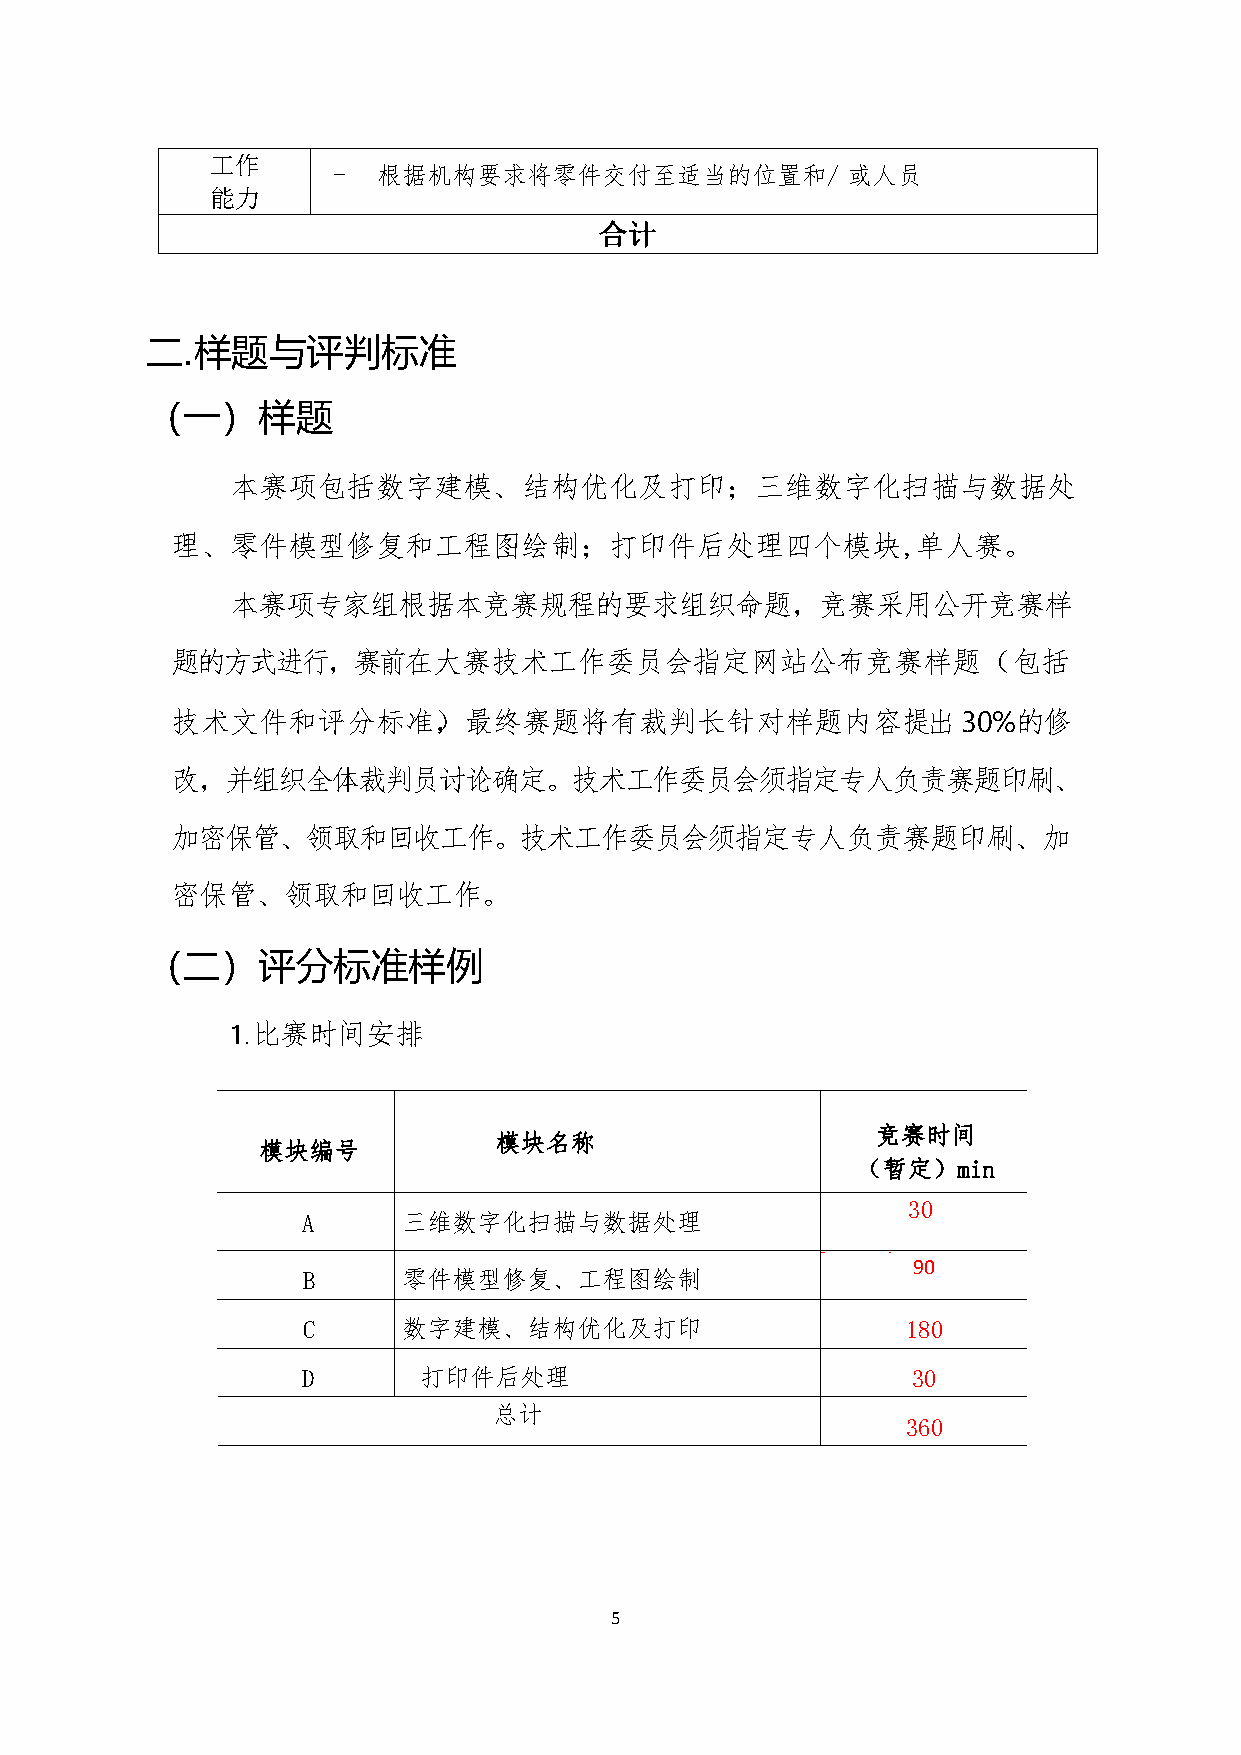
工作
 -  根据机构要求将零件交付至适当的位置和/            或人员
 能力
 合计
 二.样题与评判标准
 （一）样题
 本赛项包括数字建模、结构优化及打印；三维数字化扫描与数据处
 理、零件模型修复和工程图绘制；打印件后处理四个模块,单人赛。
 本赛项专家组根据本竞赛规程的要求组织命题，竞赛采用公开竞赛样
 题的方式进行，赛前在大赛技术工作委员会指定网站公布竞赛样题（包括
 技术文件和评分标准），最终赛题将有裁判长针对样题内容提出30%的修
 改，并组织全体裁判员讨论确定。技术工作委员会须指定专人负责赛题印刷、
 加密保管、领取和回收工作。技术工作委员会须指定专人负责赛题印刷、加
 密保管、领取和回收工作。
 （二）评分标准样例
 1.比赛时间安排
 竞赛时间
 模块名称
 模块编号
 （暂定）min
 30
 A      三维数字化扫描与数据处理
 6060 90
 90
 B      零件模型修复、工程图绘制
 C      数字建模、结构优化及打印                     180
 D       打印件后处理                          30
 总计
 360
 5